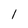
Character: 1